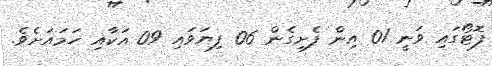
ފޮޓޯގައި ވަނީ 01 އިން ފެށިގެން 06 ފިޔަވައި 09 އަކާއި ހަމައަށެވެ.